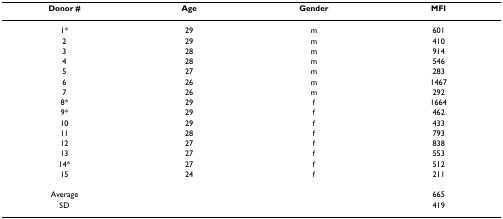
<table><thead><tr><td><b>Donor #</b></td><td><b>Age</b></td><td><b>Gender</b></td><td><b>MFI</b></td></tr></thead><tbody><tr><td>1*</td><td>29</td><td>m</td><td>601</td></tr><tr><td>2</td><td>29</td><td>m</td><td>410</td></tr><tr><td>3</td><td>28</td><td>m</td><td>914</td></tr><tr><td>4</td><td>28</td><td>m</td><td>546</td></tr><tr><td>5</td><td>27</td><td>m</td><td>283</td></tr><tr><td>6</td><td>26</td><td>m</td><td>1467</td></tr><tr><td>7</td><td>26</td><td>m</td><td>292</td></tr><tr><td>8*</td><td>29</td><td>f</td><td>1664</td></tr><tr><td>9*</td><td>29</td><td>f</td><td>462</td></tr><tr><td>10</td><td>29</td><td>f</td><td>433</td></tr><tr><td>11</td><td>28</td><td>f</td><td>793</td></tr><tr><td>12</td><td>27</td><td>f</td><td>838</td></tr><tr><td>13</td><td>27</td><td>f</td><td>553</td></tr><tr><td>14*</td><td>27</td><td>f</td><td>512</td></tr><tr><td>15</td><td>24</td><td>f</td><td>211</td></tr><tr><td>Average</td><td></td><td></td><td>665</td></tr><tr><td>SD</td><td></td><td></td><td>419</td></tr></tbody></table>